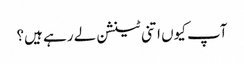
آپ کیوں اتنی ٹینشن لے رہے ہیں؟